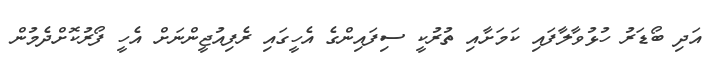
އަދި ބޯޑަރު ހުޅުވާލާފައި ކަމަށާއި ތުރުކީ ސިފައިންގެ އެހީގައި ރެފިއުޖީންނަށް އެހީ ފޯރުކޮށްދެމުން